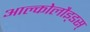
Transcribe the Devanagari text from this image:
आल्कोलौइ्डस्